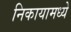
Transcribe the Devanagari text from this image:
निकायामध्ये